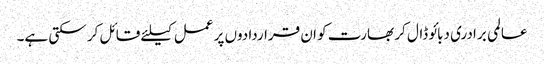
عالمی برادری دبائو ڈال کر بھارت کو ان قراردادوں پر عمل کیلئے قائل کر سکتی ہے۔